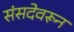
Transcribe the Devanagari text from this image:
संसदेवरून